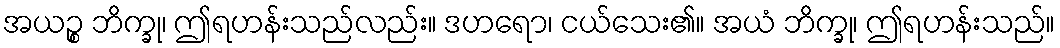
အယဉ္စ ဘိက္ခု၊ ဤရဟန်းသည်လည်း။ ဒဟရော၊ ငယ်သေး၏။ အယံ ဘိက္ခု၊ ဤရဟန်းသည်။